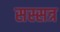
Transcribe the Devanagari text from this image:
सस्सत्र